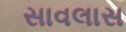
સાવલાસ